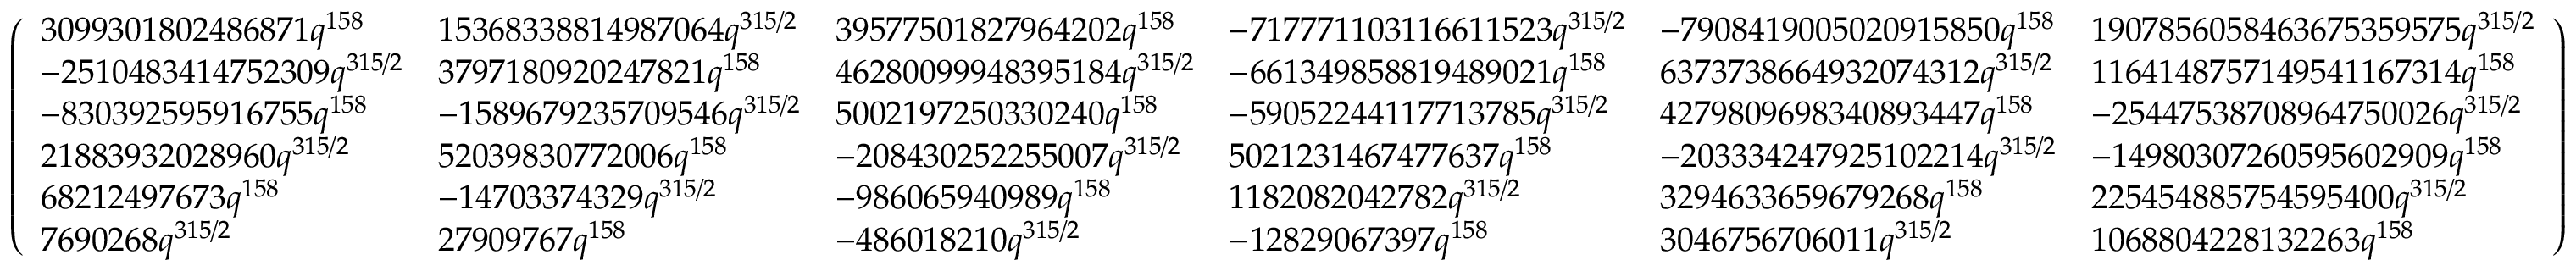
\left( \begin{array} { l l l l l l } { 3 0 9 9 3 0 1 8 0 2 4 8 6 8 7 1 q ^ { 1 5 8 } } & { 1 5 3 6 8 3 3 8 8 1 4 9 8 7 0 6 4 q ^ { 3 1 5 / 2 } } & { 3 9 5 7 7 5 0 1 8 2 7 9 6 4 2 0 2 q ^ { 1 5 8 } } & { - 7 1 7 7 7 1 1 0 3 1 1 6 6 1 1 5 2 3 q ^ { 3 1 5 / 2 } } & { - 7 9 0 8 4 1 9 0 0 5 0 2 0 9 1 5 8 5 0 q ^ { 1 5 8 } } & { 1 9 0 7 8 5 6 0 5 8 4 6 3 6 7 5 3 5 9 5 7 5 q ^ { 3 1 5 / 2 } } \\ { - 2 5 1 0 4 8 3 4 1 4 7 5 2 3 0 9 q ^ { 3 1 5 / 2 } } & { 3 7 9 7 1 8 0 9 2 0 2 4 7 8 2 1 q ^ { 1 5 8 } } & { 4 6 2 8 0 0 9 9 9 4 8 3 9 5 1 8 4 q ^ { 3 1 5 / 2 } } & { - 6 6 1 3 4 9 8 5 8 8 1 9 4 8 9 0 2 1 q ^ { 1 5 8 } } & { 6 3 7 3 7 3 8 6 6 4 9 3 2 0 7 4 3 1 2 q ^ { 3 1 5 / 2 } } & { 1 1 6 4 1 4 8 7 5 7 1 4 9 5 4 1 1 6 7 3 1 4 q ^ { 1 5 8 } } \\ { - 8 3 0 3 9 2 5 9 5 9 1 6 7 5 5 q ^ { 1 5 8 } } & { - 1 5 8 9 6 7 9 2 3 5 7 0 9 5 4 6 q ^ { 3 1 5 / 2 } } & { 5 0 0 2 1 9 7 2 5 0 3 3 0 2 4 0 q ^ { 1 5 8 } } & { - 5 9 0 5 2 2 4 4 1 1 7 7 1 3 7 8 5 q ^ { 3 1 5 / 2 } } & { 4 2 7 9 8 0 9 6 9 8 3 4 0 8 9 3 4 4 7 q ^ { 1 5 8 } } & { - 2 5 4 4 7 5 3 8 7 0 8 9 6 4 7 5 0 0 2 6 q ^ { 3 1 5 / 2 } } \\ { 2 1 8 8 3 9 3 2 0 2 8 9 6 0 q ^ { 3 1 5 / 2 } } & { 5 2 0 3 9 8 3 0 7 7 2 0 0 6 q ^ { 1 5 8 } } & { - 2 0 8 4 3 0 2 5 2 2 5 5 0 0 7 q ^ { 3 1 5 / 2 } } & { 5 0 2 1 2 3 1 4 6 7 4 7 7 6 3 7 q ^ { 1 5 8 } } & { - 2 0 3 3 3 4 2 4 7 9 2 5 1 0 2 2 1 4 q ^ { 3 1 5 / 2 } } & { - 1 4 9 8 0 3 0 7 2 6 0 5 9 5 6 0 2 9 0 9 q ^ { 1 5 8 } } \\ { 6 8 2 1 2 4 9 7 6 7 3 q ^ { 1 5 8 } } & { - 1 4 7 0 3 3 7 4 3 2 9 q ^ { 3 1 5 / 2 } } & { - 9 8 6 0 6 5 9 4 0 9 8 9 q ^ { 1 5 8 } } & { 1 1 8 2 0 8 2 0 4 2 7 8 2 q ^ { 3 1 5 / 2 } } & { 3 2 9 4 6 3 3 6 5 9 6 7 9 2 6 8 q ^ { 1 5 8 } } & { 2 2 5 4 5 4 8 8 5 7 5 4 5 9 5 4 0 0 q ^ { 3 1 5 / 2 } } \\ { 7 6 9 0 2 6 8 q ^ { 3 1 5 / 2 } } & { 2 7 9 0 9 7 6 7 q ^ { 1 5 8 } } & { - 4 8 6 0 1 8 2 1 0 q ^ { 3 1 5 / 2 } } & { - 1 2 8 2 9 0 6 7 3 9 7 q ^ { 1 5 8 } } & { 3 0 4 6 7 5 6 7 0 6 0 1 1 q ^ { 3 1 5 / 2 } } & { 1 0 6 8 8 0 4 2 2 8 1 3 2 2 6 3 q ^ { 1 5 8 } } \end{array} \right)